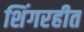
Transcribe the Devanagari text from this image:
शिंगरहीत